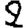
Digit: 2